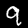
Digit: 9